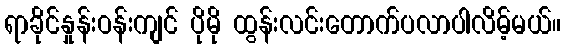
ရာခိုင်နှုန်းဝန်းကျင် ပိုမို ထွန်းလင်းတောက်ပလာပါလိမ့်မယ်။